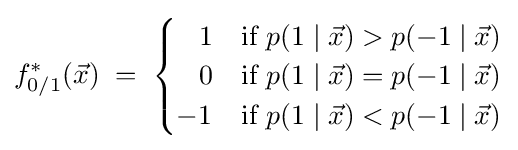
f_{0/1}^{*}({\vec {x}})\;=\;{\begin{cases}\;\;\;1&{\text{if }}p(1\mid {\vec {x}})>p(-1\mid {\vec {x}})\\\;\;\;0&{\text{if }}p(1\mid {\vec {x}})=p(-1\mid {\vec {x}})\\-1&{\text{if }}p(1\mid {\vec {x}})<p(-1\mid {\vec {x}})\end{cases}}